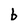
Character: b